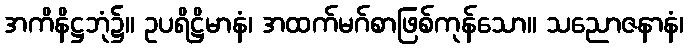
အကိနိဋ္ဌဘုံ၌။ ဥပရိဋ္ဌိမာနံ၊ အထက်မဂ်စာဖြစ်ကုန်သော။ သညောဇနာနံ၊